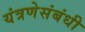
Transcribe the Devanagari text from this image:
यंत्रणेसंबंधी